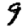
Digit: 9